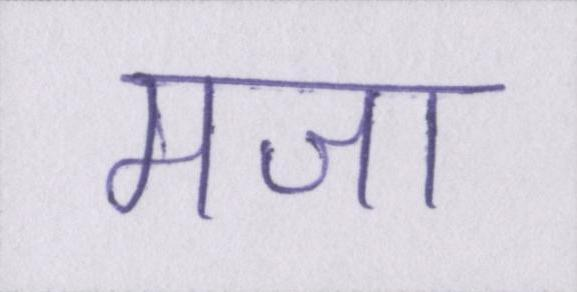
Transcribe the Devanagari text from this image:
मजा